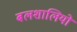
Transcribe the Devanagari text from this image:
बलशालियों